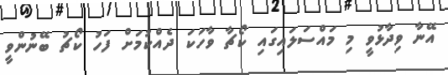
އޭނާ ވިދާޅުވީ މި މައްސަލައިގައި ކޯޗާ ވާހަކަ ދެއްކުމަށް ފަހު ކޯޗު ބޭނުންވީ